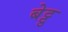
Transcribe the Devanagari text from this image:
बेट्टु